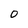
Character: 0